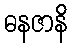
ဓနဇာနိ